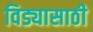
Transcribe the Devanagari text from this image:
विड्यासाठी